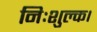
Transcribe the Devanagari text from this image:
निःशुल्क।